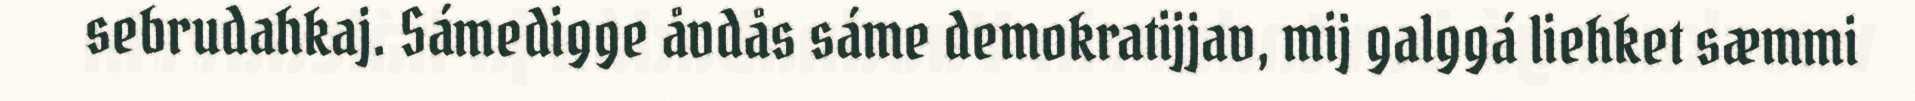
sebrudahkaj. Sámedigge åvdås sáme demokratijjav, mij galggá liehket sæmmi